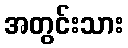
အတွင်းသား